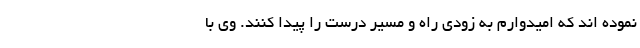
نموده اند که امیدوارم به زودی راه و مسیر درست را پیدا کنند. وی با